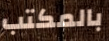
بالمكتب